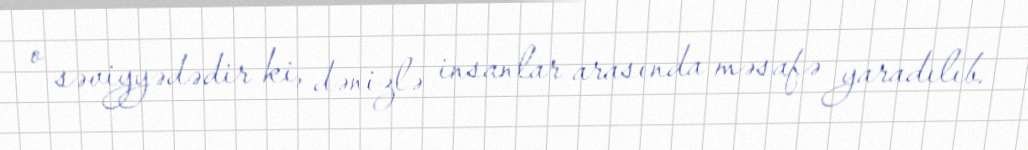
o səviyyədədir ki, dənizlə insanlar arasında məsafə yaradılıb.